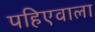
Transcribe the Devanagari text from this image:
पहिएवाला